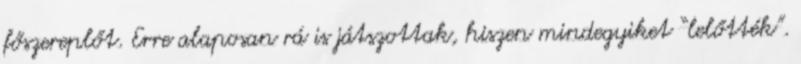
főszereplőt. Erre alaposan rá is játszottak, hiszen mindegyiket “lelőtték”.